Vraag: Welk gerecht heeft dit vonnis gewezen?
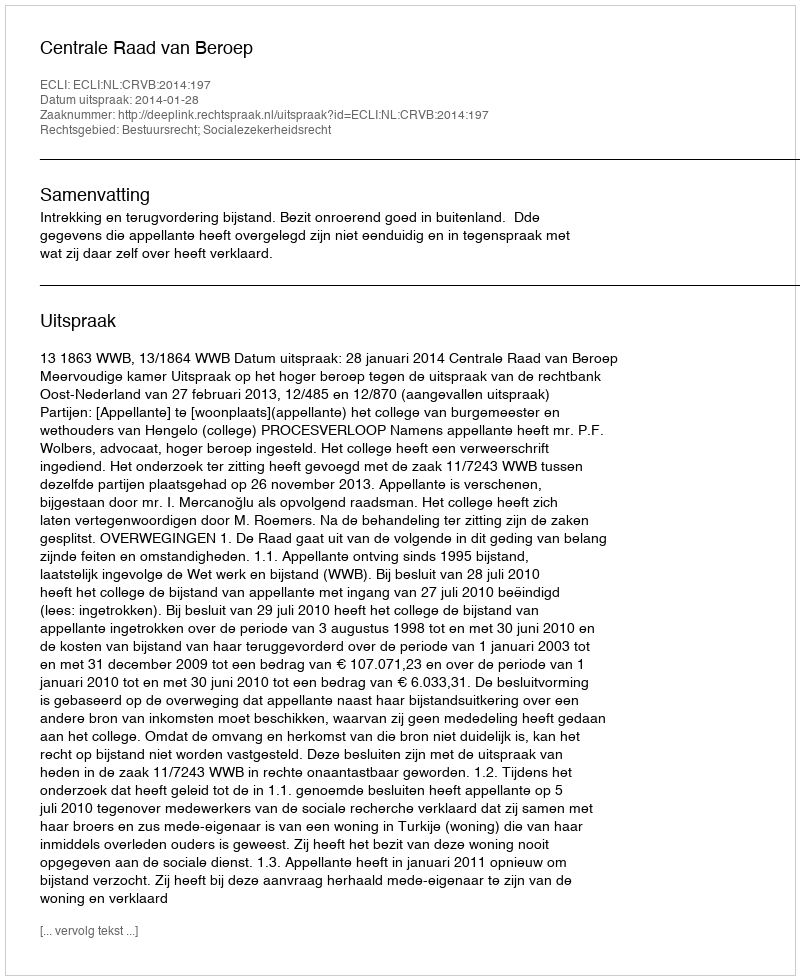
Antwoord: Centrale Raad van Beroep